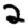
Digit: 2